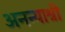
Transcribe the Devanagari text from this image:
अनन्याश्री